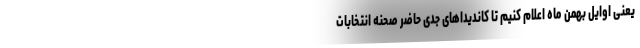
یعنی اوایل بهمن ماه اعلام کنیم تا کاندیداهای جدی حاضر صحنه انتخابات